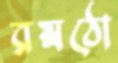
রম্নঠো